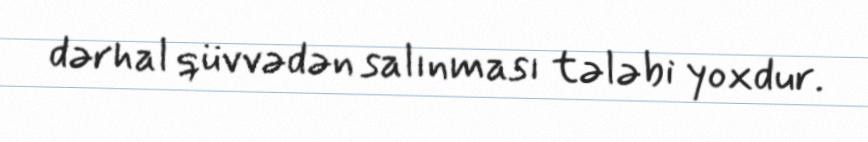
dərhal qüvvədən salınması tələbi yoxdur.